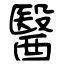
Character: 醫